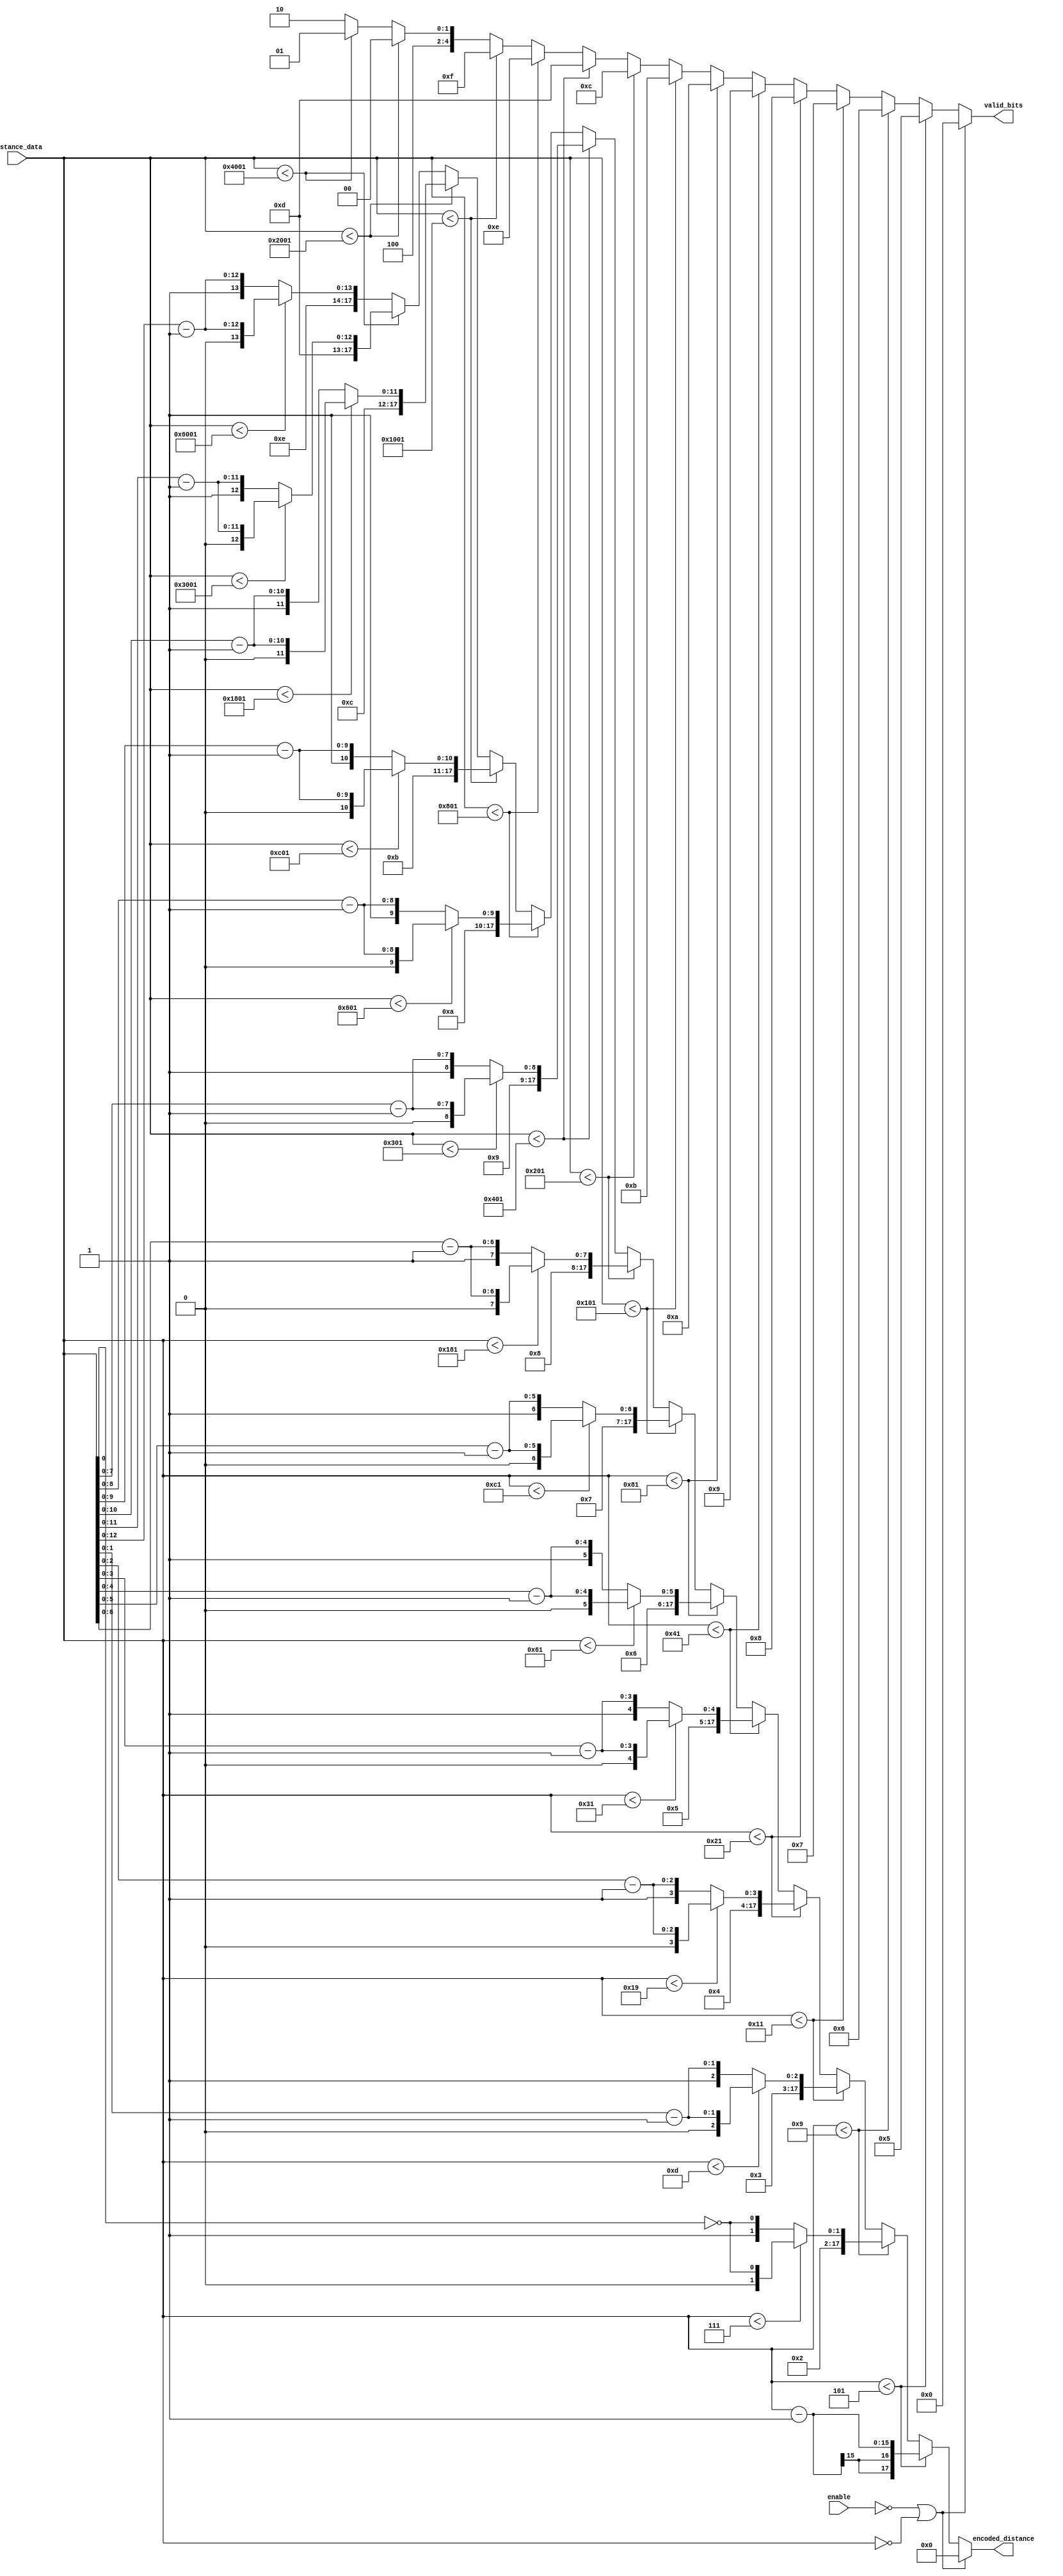
module Distance_Encoder(
  input [14:0] distance_data,
  input enable,
  output reg [17:0] encoded_distance,
  output reg [4:0] valid_bits
);

  always@* begin
    
    if(!enable || distance_data == 15'd0) begin
      encoded_distance = 16'd0;
      valid_bits = 5'd0;
    end
    
    //Encoded with 0 extra bits
    else if(distance_data < 15'd5) begin
      valid_bits = 5'd5;
      encoded_distance = distance_data - 1'b1;
    end
    
    //Encoded with 1 extra bit
    else if(distance_data < 15'd9) begin
      
      valid_bits = 5'd6;
      if(distance_data < 15'd7)
        encoded_distance = {5'd4, !distance_data[0]};
      else
        encoded_distance = {5'd5, !distance_data[0]};
    end
    
    //Encoded with 2 extra bits
    else if(distance_data < 15'd17) begin
      
      valid_bits = 5'd7;
      if(distance_data < 15'd13) 
        encoded_distance = {5'd6, distance_data[1:0] - 1'b1};
      else
        encoded_distance = {5'd7, distance_data[1:0] - 1'b1};
        
    end
    
    //Encoded with 3 extra bits
    else if(distance_data < 15'd33) begin
      
      valid_bits = 5'd8;
      if(distance_data < 15'd25)
        encoded_distance = {5'd8, distance_data[2:0] - 1'b1};
      else
        encoded_distance = {5'd9, distance_data[2:0] - 1'b1};
        
    end
    
    //Encoded with 4 extra bits
    else if(distance_data < 15'd65) begin
      
      valid_bits = 5'd9;
      if(distance_data < 15'd49)
        encoded_distance = {5'd10, distance_data[3:0] - 1'b1};
      else
        encoded_distance = {5'd11, distance_data[3:0] - 1'b1};
        
    end
    
    //Encoded with 5 extra bits
    else if(distance_data < 15'd129) begin
      
      valid_bits = 5'd10;
      if(distance_data < 15'd97)
        encoded_distance = {5'd12, distance_data[4:0] - 1'b1};
      else
        encoded_distance = {5'd13, distance_data[4:0] - 1'b1};
        
    end
    
    //Encoded with 6 extra bits
    else if(distance_data < 15'd257) begin
      
      valid_bits = 5'd11;
      if(distance_data < 15'd193)
        encoded_distance = {5'd14, distance_data[5:0] - 1'b1};
      else
        encoded_distance = {5'd15, distance_data[5:0] - 1'b1};
        
    end
    
    //Encoded with 7 extra bits
    else if(distance_data < 15'd513) begin
      
      valid_bits = 5'd12;
      if(distance_data < 15'd385)
        encoded_distance = {5'd16, distance_data[6:0] - 1'b1};
      else
        encoded_distance = {5'd17, distance_data[6:0] - 1'b1};
        
    end
    
    //Encoded with 8 extra bits
    else if(distance_data < 15'd1025) begin
      
      valid_bits = 5'd13;
      if(distance_data < 15'd769)
        encoded_distance = {5'd18, distance_data[7:0] - 1'b1};
      else
        encoded_distance = {5'd19, distance_data[7:0] - 1'b1};
        
    end
    
    //Encoded with 9 extra bits
    else if(distance_data < 15'd2049) begin
      
      valid_bits = 5'd14;
      if(distance_data < 15'd1537)
        encoded_distance = {5'd20, distance_data[8:0] - 1'b1};
      else
        encoded_distance = {5'd21, distance_data[8:0] - 1'b1};
        
    end
    
    //Encoded with 10 extra bits
    else if(distance_data < 15'd4097) begin
      
      valid_bits = 5'd15;
      if(distance_data < 15'd3073)
        encoded_distance = {5'd22, distance_data[9:0] - 1'b1};
      else
        encoded_distance = {5'd23, distance_data[9:0] - 1'b1};
        
    end
    
    //Encoded with 11 extra bits
    else if(distance_data < 15'd8193) begin
      
      valid_bits = 5'd16;
      if(distance_data < 15'd6145)
        encoded_distance = {5'd24, distance_data[10:0] - 1'b1};
      else
        encoded_distance = {5'd25, distance_data[10:0] - 1'b1};
        
    end
    
    //Encoded with 12 extra bits
    else if(distance_data < 15'd16385) begin
      
      valid_bits = 5'd17;
      if(distance_data < 15'd12289)
        encoded_distance = {5'd26, distance_data[11:0] - 1'b1};
      else
        encoded_distance = {5'd27, distance_data[11:0] - 1'b1};
        
    end
    
    //Encoded with 13 extra bits
    else begin
      
      valid_bits = 5'd18;
      if(distance_data < 15'd24577)
        encoded_distance = {5'd28, distance_data[12:0] - 1'b1};
      else
        encoded_distance = {5'd29, distance_data[12:0] - 1'b1};
        
    end  
    
  end
  
endmodule